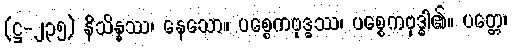
(ဋ္ဌ-၂၃၅) နိသိန္နဿ၊ နေသော။ ပစ္စေကဗုဒ္ဓဿ၊ ပစ္စေကဗုဒ္ဓါ၏။ ပတ္တေ၊